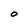
Character: O